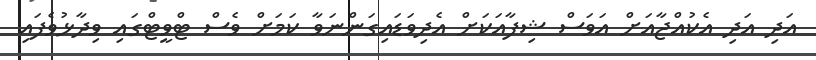
އަދި އަދި އެކުއްޖާއަށް އަވަސް ޝިފާއަކަށް އެދިވަޑައިގަންނަވާ ކަމަށް ވެސް ޓްވީޓްގައި ވިދާޅުވެފައި